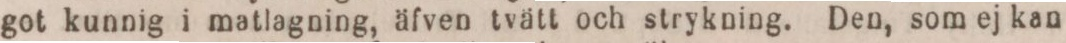
got kunnig i matlagning, äfven tvätt och strykning. Den, som ej kan